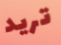
تريد